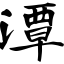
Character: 潭